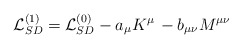
\begin{align*}{\cal L}_{SD}^{(1)} = {\cal L}_{SD}^{(0)} - a_\mu K^\mu\, - b_{\mu\nu} M^{\mu\nu}\end{align*}